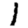
Digit: 1